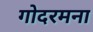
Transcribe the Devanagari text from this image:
गोदरमना